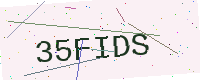
Text: 35FIDS